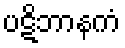
ပဋိဘာနကံ